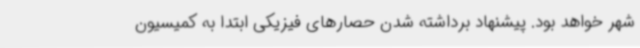
شهر خواهد بود. پیشنهاد برداشته شدن حصارهای فیزیکی ابتدا به کمیسیون